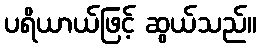
ပရိယာယ်ဖြင့် ဆွယ်သည်။